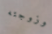
وزوجته